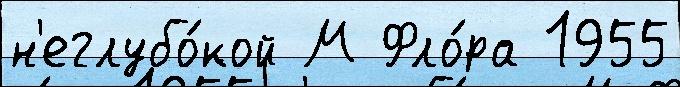
н'еглубо́кой М Фло́ра 1955